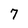
Character: 7